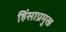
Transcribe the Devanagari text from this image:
हिंसाप्रमुख